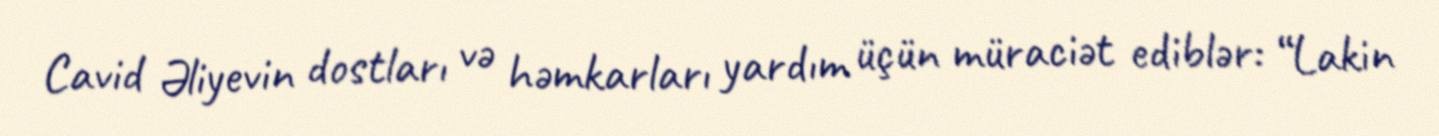
Cavid Əliyevin dostları və həmkarları yardım üçün müraciət ediblər: “Lakin